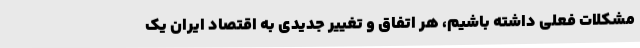
مشکلات فعلی داشته باشیم، هر اتفاق و تغییر جدیدی به اقتصاد ایران یک